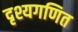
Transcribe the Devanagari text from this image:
दृश्यगणित